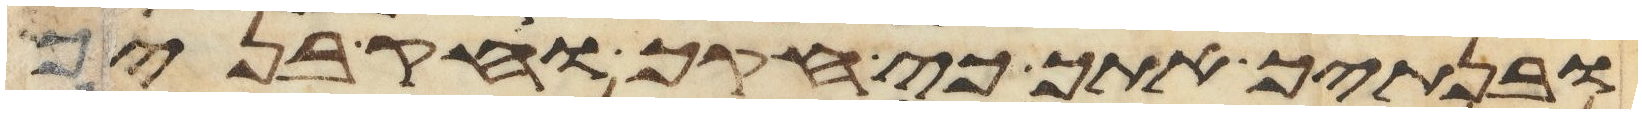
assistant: ובנתיך אתך כי חקך וחק בניך